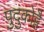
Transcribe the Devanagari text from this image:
पुदुकोट्टै